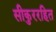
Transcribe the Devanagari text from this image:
सीकुररहित